Indian journal of veterinary science and animal husbandry - Volumes 15-17, 1948-1951
Year: 1948
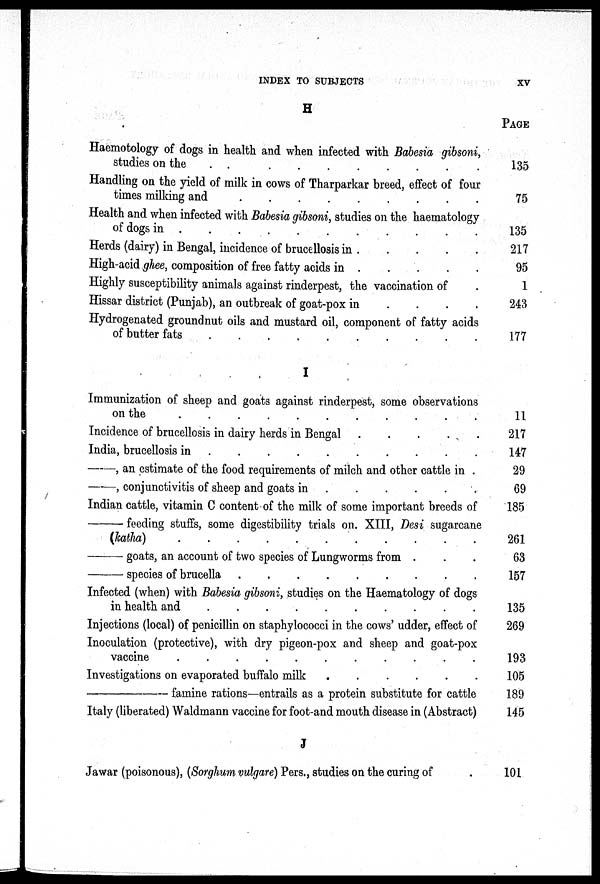
INDEX TO SUBJECTS
xv
H
Haemotology of dogs in health and when infected with Babesia gibsoni,
studies on the
.
.
.
.
.
.
.
.
.
.
Handling on the yield of milk in cows of Tharparkar breed, effect of four
times milking and
.
.
.
.
.
.
.
.
.
Health and when infected with Babesia gibsoni, studies on the haematology
of dogs in
.
.
.
.
.
.
.
.
.
.
.
Herds (dairy) in Bengal, incidence of brucellosis in . . . . .
High-acid ghee, composition of free fatty acids in . . . . .
Highly susceptibility animals against rinderpest, the vaccination of .
Hissar district (Punjab), an outbreak of goat-pox in . . . .
Hydrogenated groundnut oils and mustard oil, component of fatty acids
of butter fats . . . . . . . . .
I
Immunization of sheep and goats against rinderpest, some observations
on the
.
.
.
.
.
.
.
.
.
.
.
Incidence of brucellosis in dairy herds in Bengal . . . . .
India, brucellosis in
.
.
.
.
.
.
.
.
.
.
—, an estimate of the food requirements of milch and other cattle in .
—, conjunctivitis of sheep and goats in . . . . . .
Indian cattle, vitamin C content of the milk of some important breeds of
—
feeding stuffs, some digestibility trials on. XIII, Desi sugarcane
(katha)
.
.
.
.
.
.
.
.
.
.
—
goats, an account of two species of Lungworms from . . .
—
species of brucella
.
.
.
.
.
.
.
.
.
Infected (when) with Babesia gibsoni, studies on the Haematology of dogs
in health and
.
.
.
.
.
.
.
.
.
.
Injections (local) of penicillin on staphylococci in the cows' udder, effect of
Inoculation (protective), with dry pigeon-pox and sheep and goat-pox
vaccine
.
.
.
.
.
.
.
.
.
.
.
Investigations on evaporated buffalo milk . . . . . .
—
famine rations—entrails as a protein substitute for cattle
Italy (liberated) Waldmann vaccine for foot-and mouth disease in (Abstract)
J
Jawar (poisonous), (Sorghum vulgare) Pers., studies on the curing of .
PAGE
135
75
135
217
95
1
243
177
11
217
147
29
69
185
261
63
157
135
269
193
105
189
145
101